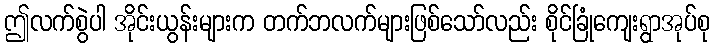
ဤလက်စွဲပါ အိုင်းယွန်းများက တက်ဘလက်များဖြစ်သော်လည်း စိုင်ခြုံကျေးရွာအုပ်စု